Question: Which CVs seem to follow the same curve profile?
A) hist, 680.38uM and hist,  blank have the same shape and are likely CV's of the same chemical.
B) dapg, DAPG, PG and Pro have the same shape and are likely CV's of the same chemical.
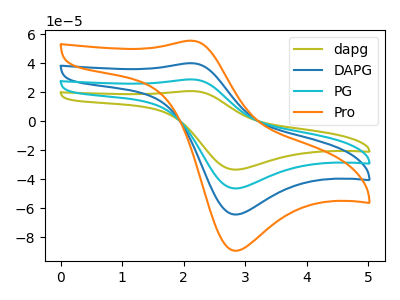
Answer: <think>The olive curve "dapg" has an anodic peak at (2.15V, 20.75uA) and a cathodic peak at (2.85V, -33.40uA). The blue curve "DAPG" has an anodic peak at (2.15V, 57.55uA) and a cathodic peak at (2.85V, -92.80uA). The cyan curve "PG" has an anodic peak at (2.15V, 28.80uA) and a cathodic peak at (2.85V, -46.40uA). The orange curve "Pro" has an anodic peak at (2.15V, 86.35uA) and a cathodic peak at (2.85V, -139.20uA).
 All the peaks in "dapg" have a peak in "DAPG" at the same potential. Every peak in "dapg" is lower than every peak in "DAPG". All the peaks in "dapg" have a peak in "PG" at the same potential. Every peak in "dapg" is lower than every peak in "PG". All the peaks in "dapg" have a peak in "Pro" at the same potential. Every peak in "dapg" is lower than every peak in "Pro". All the peaks in "DAPG" have a peak in "PG" at the same potential. Every peak in "DAPG" is higher than every peak in "PG". All the peaks in "DAPG" have a peak in "Pro" at the same potential. Every peak in "DAPG" is lower than every peak in "Pro". All the peaks in "PG" have a peak in "Pro" at the same potential. Every peak in "PG" is lower than every peak in "Pro".</think>
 <answer>B) "dapg", "DAPG", "PG" and "Pro" have the same shape and are likely CV's of the same chemical.</answer>
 <eval>B</eval>